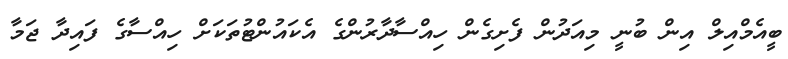
ބީއެމްއިލް އިން ބުނީ މިއަދުން ފެށިގެން ހިއްސާދާރުންގެ އެކައުންޓުތަކަށް ހިއްސާގެ ފައިދާ ޖަމާ